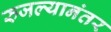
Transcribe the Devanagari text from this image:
रुजल्यानंतर